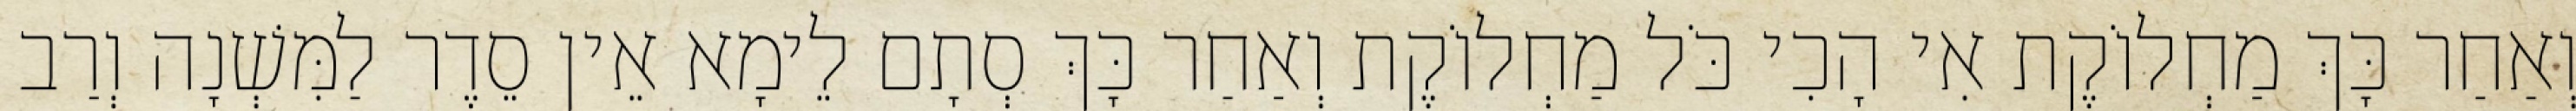
וְאַחַר כָּךְ מַחְלוֹקֶת אִי הָכִי כֹּל מַחְלוֹקֶת וְאַחַר כָּךְ סְתָם לֵימָא אֵין סֵדֶר לַמִּשְׁנָה וְרַב